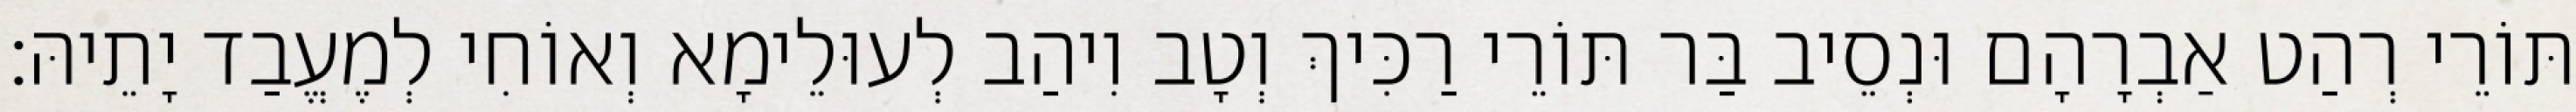
תּוֹרֵי רְהַט אַבְרָהָם וּנְסֵיב בַּר תּוֹרֵי רַכִּיךְ וְטָב וִיהַב לְעוּלֵימָא וְאוֹחִי לְמֶעֱבַד יָתֵיהּ׃